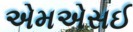
એમએસઈ